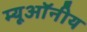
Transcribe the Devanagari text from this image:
म्यूऑनीय